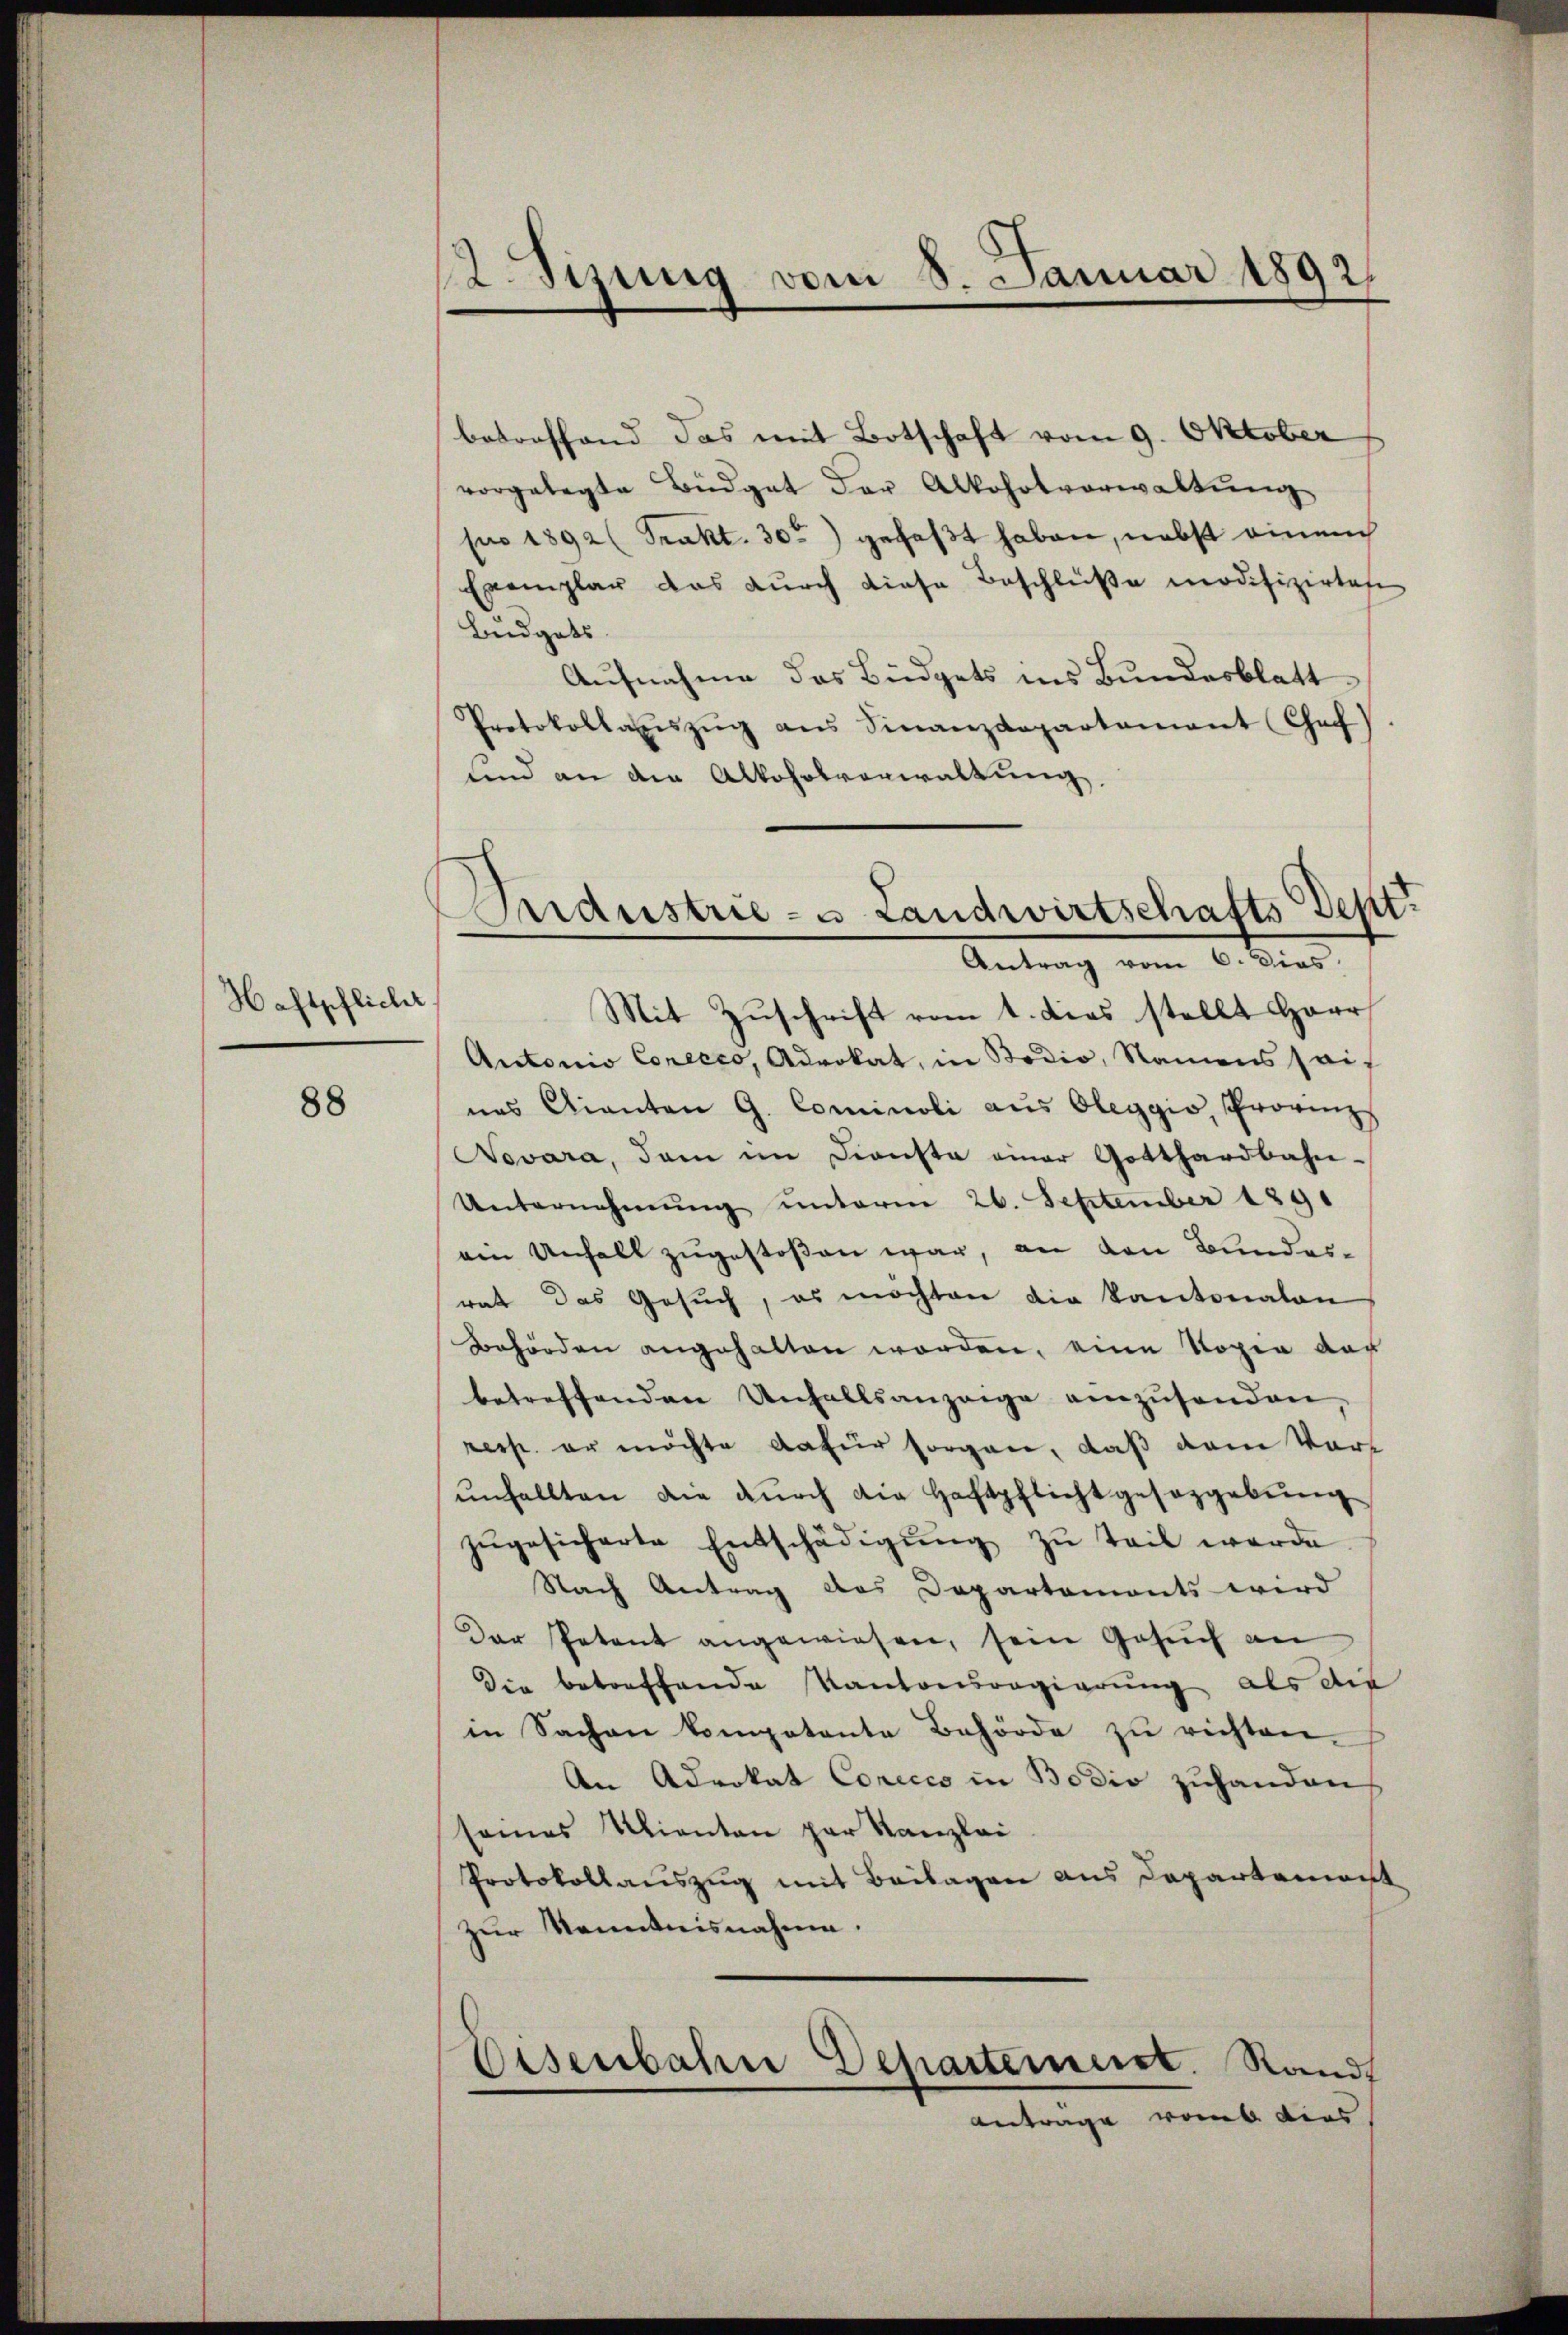
Haftpflicht

88

12Sizung vom 8. Januar 1892.

betreffend das mit Botschaft vom 9. Oktober
vorgelegte Büdget der Alkohotverwaltŭng
pro 1892 (Trakt. 30t) gefaßt haben, nebst einmach
Exemplar das durch diese Beschlüße modifizirten
Büdgets
Aufnahme das Büdgets ins Bundesblatt
Protokollaneszŭg ans Finanzdepartamant Chac
und an die Alkoholverwaltung.
Mit Zuschrift vom 1. dies stellt Herr
Antonio Conecco, Advokat, in Bodio, Namens sais
nes Canton G. Cominoli aus Oleggio, Provinz
Novara, dem im Dienste einer Gotthardbahn-
Unternehmung unterm 26. September 1891
ein Unhalt zugestoßen war, an den Bundesrat das Gesŭch, es möchten die Kantonalan
Behörden angehalten worden, eine Kopia der
betreffenden Unfallsanzeige einzŭsenden,
resp. er möchte dafür sorgen, daß dem Vorunfallten die durch die Haftpflicht gesezgebung
zŭgesicherte Entschädigŭng zŭ teil werde.
Nach Antrag des Departemonts wird
Der Petent angewiesen, sein Gesuch an
Die betreffende Kantonsregierung als die
in Sachen kompetente Behörde zŭ richten.
An Advokat Corecio in Bodio zŭhanden
seines Klienten par Kanzlei
Protokollauszug mit Beilagen aus Departemont
zur Kenntnisnahme.
Eisenbahne Departement. Randt
Antrage romb dies

Maustrie- u Landwirtschafts-Dept¬
Antrag vom 6. Dies